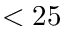
< 2 5